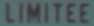
LIMITEE